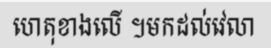
ហេតុខាងលើ ។មកដល់វេលា